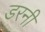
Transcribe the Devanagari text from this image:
डरनी